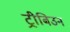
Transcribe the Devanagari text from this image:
ट्रीबिउन